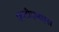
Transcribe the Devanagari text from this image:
एमडीएमएस